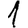
Digit: 1